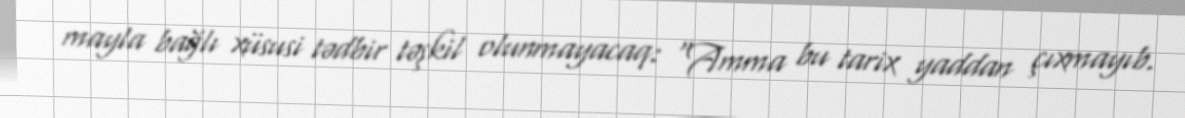
mayla bağlı xüsusi tədbir təşkil olunmayacaq: “Amma bu tarix yaddan çıxmayıb.